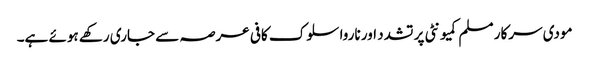
مودی سرکار مسلم کمیونٹی پر تشدد اور ناروا سلوک کافی عرصہ سے جاری رکھے ہوئے ہے۔